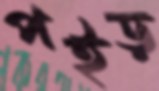
পইড়